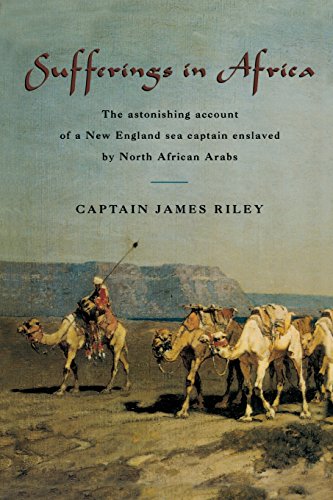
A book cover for Sufferings in Africa: The Astonishing Account Of A New England Sea Captain Enslaved By North African Arabs; James Riley; Biographies & Memoirs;